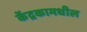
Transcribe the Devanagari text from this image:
केंद्रकामधील